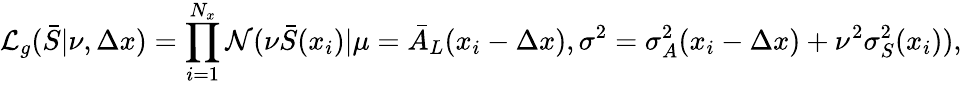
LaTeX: \mathcal{L}_{g}(\bar{S}|\nu,\Delta x)=\prod_{i=1}^{N_{x}}\mathcal{N}(\nu\bar{S}(x_{i})|\mu=\bar{A}_{L}(x_{i}-\Delta x),\sigma^{2}=\sigma_{A}^{2}(x_{i}-\Delta x)+\nu^{2}\sigma_{S}^{2}(x_{i})),